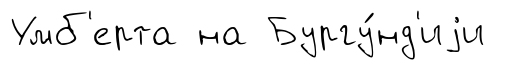
Умб'ерта на Бургу́нд'иjи